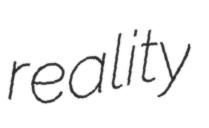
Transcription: reality